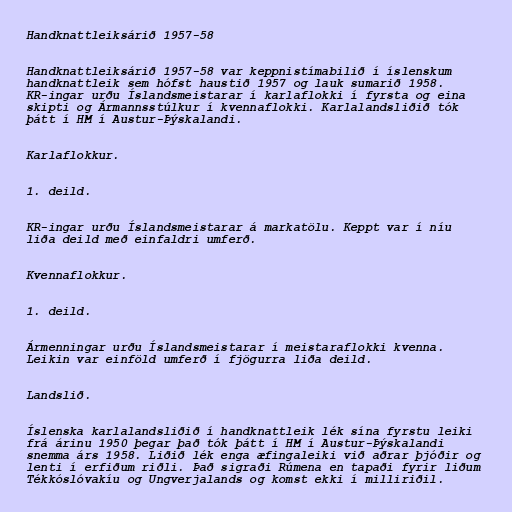
Handknattleiksárið 1957-58

Handknattleiksárið 1957-58 var keppnistímabilið í íslenskum
handknattleik sem hófst haustið 1957 og lauk sumarið 1958.
KR-ingar urðu Íslandsmeistarar í karlaflokki í fyrsta og eina
skipti og Ármannsstúlkur í kvennaflokki. Karlalandsliðið tók
þátt í HM í Austur-Þýskalandi.

Karlaflokkur.

1. deild.

KR-ingar urðu Íslandsmeistarar á markatölu. Keppt var í níu
liða deild með einfaldri umferð.

Kvennaflokkur.

1. deild.

Ármenningar urðu Íslandsmeistarar í meistaraflokki kvenna.
Leikin var einföld umferð í fjögurra liða deild.

Landslið.

Íslenska karlalandsliðið í handknattleik lék sína fyrstu leiki
frá árinu 1950 þegar það tók þátt í HM í Austur-Þýskalandi
snemma árs 1958. Liðið lék enga æfingaleiki við aðrar þjóðir og
lenti í erfiðum riðli. Það sigraði Rúmena en tapaði fyrir liðum
Tékkóslóvakíu og Ungverjalands og komst ekki í milliriðil.